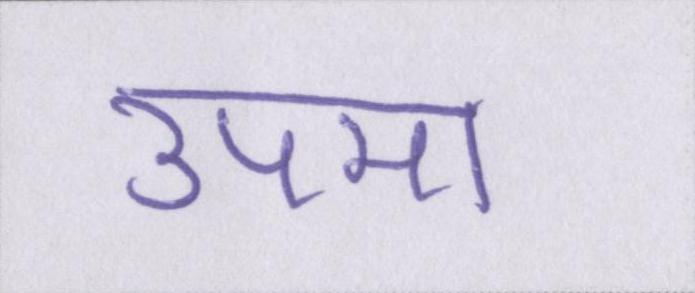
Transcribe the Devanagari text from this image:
उपमा